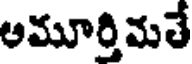
అమూర్తిమతే